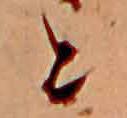
と